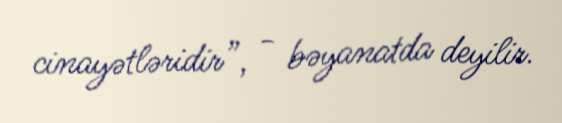
cinayətləridir”, - bəyanatda deyilir.